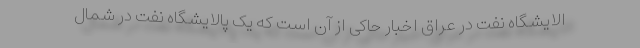
الایشگاه نفت در عراق اخبار حاکی از آن است که یک پالایشگاه نفت در شمال